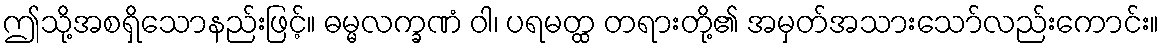
ဤသို့အစရှိသောနည်းဖြင့်။ ဓမ္မလက္ခဏံ ဝါ၊ ပရမတ္ထ တရားတို့၏ အမှတ်အသားသော်လည်းကောင်း။